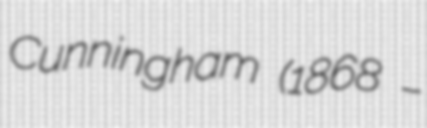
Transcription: Cunningham (1868 –